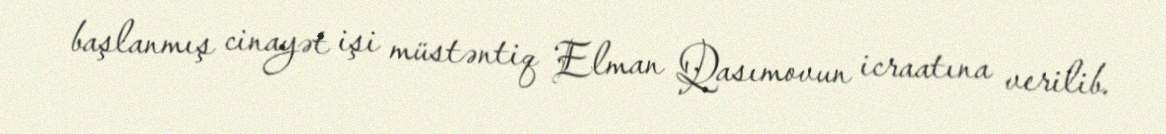
başlanmış cinayət işi müstəntiq Elman Qasımovun icraatına verilib.